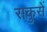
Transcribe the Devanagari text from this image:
सकुसें